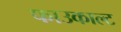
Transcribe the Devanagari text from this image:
फाउकाल्ट